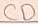
Text: CD